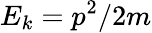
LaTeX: E_{k}=p^{2}/2m